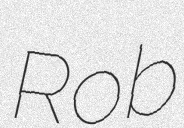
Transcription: Rob